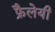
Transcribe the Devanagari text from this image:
फ्रैलेयी